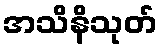
အသိနိသုတ်